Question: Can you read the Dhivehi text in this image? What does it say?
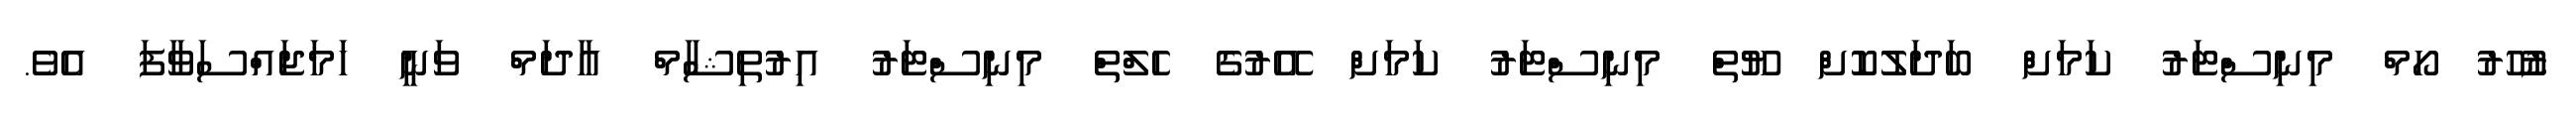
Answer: ޒުހޫރު ހޯމް މިނިސްޓަރު ކަމަށް ބަދަލުކޮށް ޔޫތް މިނިސްޓަރު ކަމަށް އޭރުގެ ހެލްތް މިނިސްޓަރު އިރުތިޝާމް އާދަމް ވަނީ ހަމަޖައްސަވާފަ އެވެ.